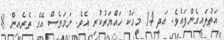
އަތުލައިގެންފައެވެ. އަދި 14 މީހަކު ހައްޔަރުކުރި އެވެ. ނަމަވެސް އޭގެ ތެރެއިން 8